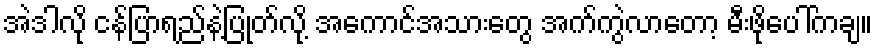
အဲဒါလို ငန်ပြာရည်နဲ့ပြုတ်လို့ အကောင်အသားတွေ အက်ကွဲလာတော့ မီးဖိုပေါ်ကချ။